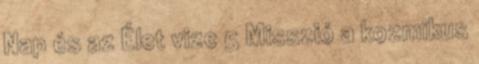
Nap és az Élet vize 5 Misszió a kozmikus